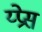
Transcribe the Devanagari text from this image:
य्प्रेस